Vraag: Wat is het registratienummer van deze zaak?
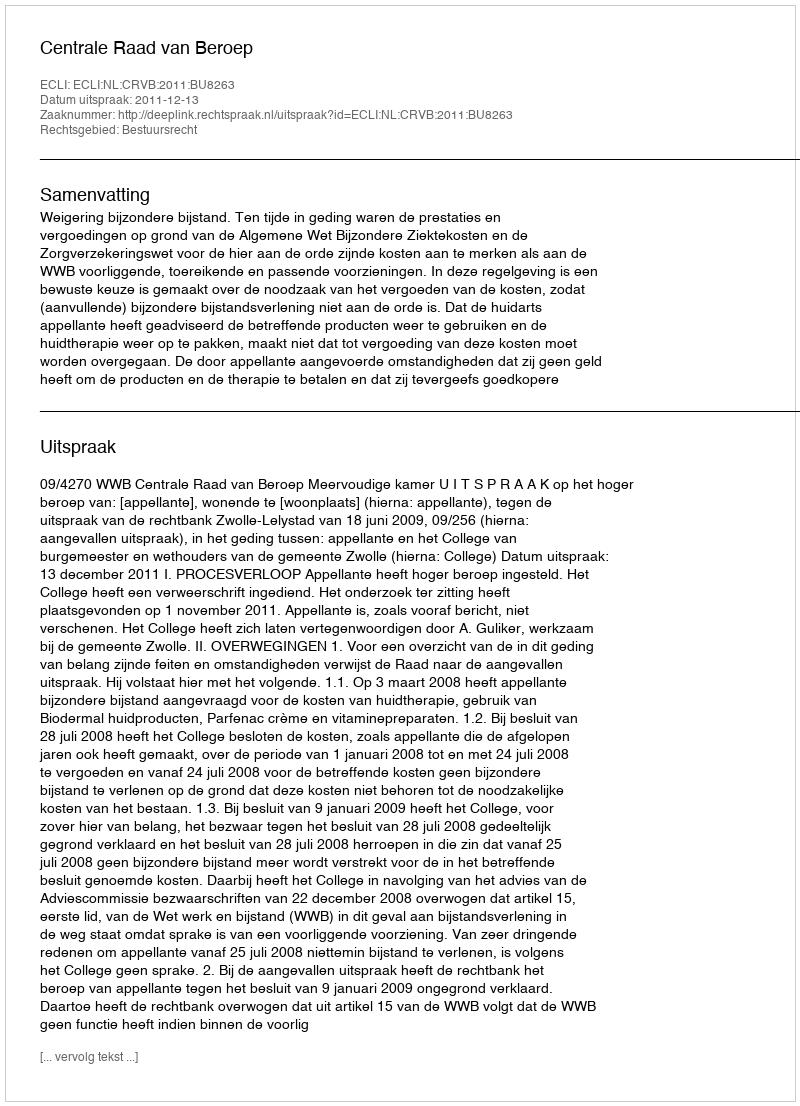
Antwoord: http://deeplink.rechtspraak.nl/uitspraak?id=ECLI:NL:CRVB:2011:BU8263